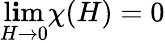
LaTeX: \operatorname*{l\mathbf{i}m}_{H\to0}\chi(H)=0